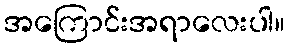
အကြောင်းအရာလေးပါ။